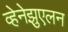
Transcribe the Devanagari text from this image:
व्हेनेझुएलन